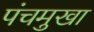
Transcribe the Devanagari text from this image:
पंचमुखा